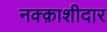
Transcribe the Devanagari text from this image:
नक्क़ाशीदार